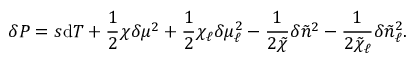
\delta P = s \mathrm { d } T + \frac { 1 } { 2 } \chi \delta \mu ^ { 2 } + \frac { 1 } { 2 } \chi _ { \ell } \delta \mu _ { \ell } ^ { 2 } - \frac { 1 } { 2 \tilde { \chi } } \delta \tilde { n } ^ { 2 } - \frac { 1 } { 2 \tilde { \chi } _ { \ell } } \delta \tilde { n } _ { \ell } ^ { 2 } .